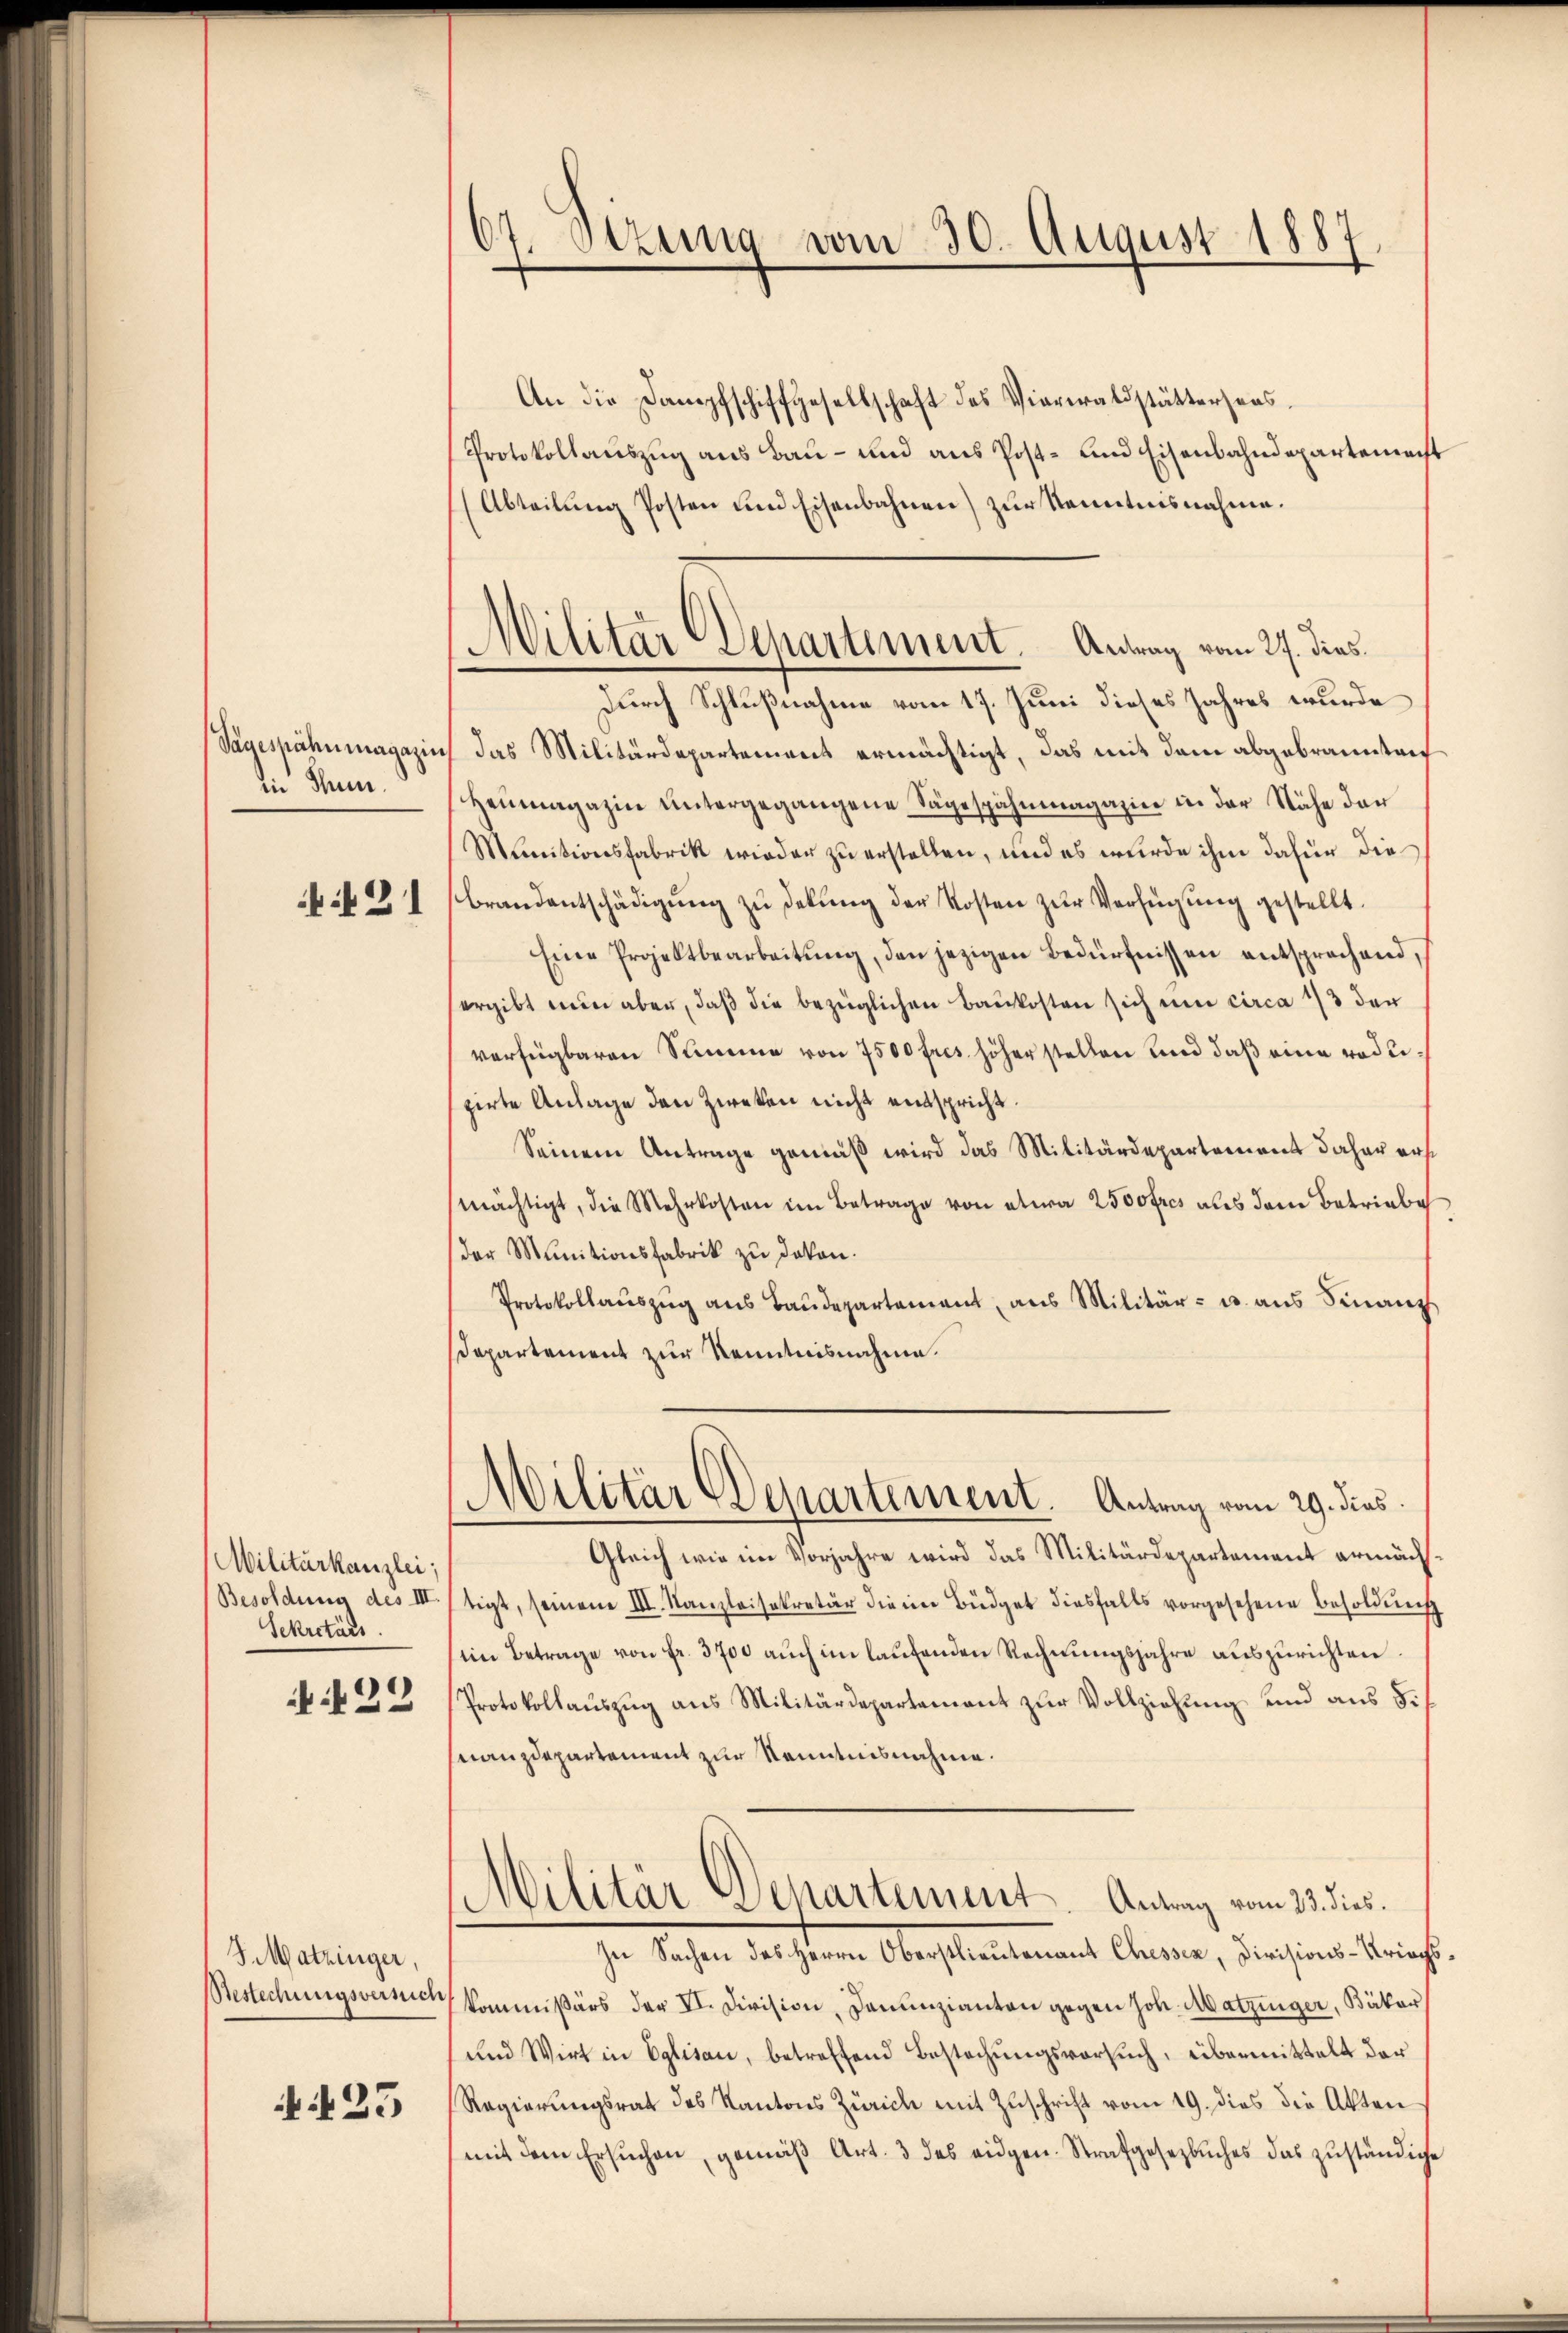
Tagespähnmagazin
in Thun.

4f 21

Militärkanzlei;
Besoldung des III
Sekretärs.
N 22

J.Matzinger,
Bestechungsversich

i25

67. Stzung vom 30. August 1887

An die Dampfschiffgesellschaft des Viareraldstättersens.
Protokollauszug aus Bau- und aus Post- und Eisenbahndepartement
(Abteilŭng Posten und Eisenbahnen) zur Kenntnisnahme.
Durch Schlußnahme vom 17. Juni dieses Jahres wurde
das Militärdepartement ermächtigt, das mit dem abgebrannten
Heimagazin untergegangene Sägespähnmagazin in der Nähe der
Munitionsfabrik wieder zu erstellen, und es wurde ihm dafür die
brandentschädigŭng zŭ dekŭng der Kosten zŭr Verfügung gestellt.
Eine Projektbearbeitŭng, den jezigen Bedürfnissen entsprechend,
ergibt nun aber, daß die bezüglichen Baukosten sich um circa 1/3 der
verfügbaren Stimme von 7500 fres höher stellen und daß eine reduspirte Anlage den Zweken nicht entspricht.
Seinem Antrage gemäß wird das Militärdepartement daher erst
mächtigt, die Mehrkosten im Betrage von etwa 2500 fres aus dem Betriebe
der Munitionsfabrik zu dakon.
Protokollaŭszŭg aŭs Baŭdepartement, aus Militär- u. aŭs Finanz
Departement zur Kenntnisnahme.
Militär Departement. Antrag vom 29. dies
Gleich wie im Vorjahre wird das Militärdepartement ermäch-
tigt, seinem III. Kanzleisekretär die im Büdget diesfalls vorgesehene Besoldung
(ein Betrage von fr. 3700 auch im laufenden Rechnungsjahre auszurichten.
Protokollauszug aus Militärdepartement zur Vollziehung und aus S.
nanzdepartement zur Kenntnisnahme.
Militär Departement. Antrag vom 23. dies.
In Sachen des Herrn Oberstlieutenant Chessen, Divisions-Kriechs
kommißärs der VI. Division, Denunzianten gegen Joh. Matzinger, Bäker
und Wirt in Eglisau, betreffend Bestechungsvorsuch, übermittelt der
Regierungsrat des Kantons Zürich mit Zuschrift vom 19. dies die Akten
mit dem Ersuchen, gemäß Art. 3 des eidgen. Strafgesetzbuches das zuständige

Militär Departement. Antrag vom 27. dies